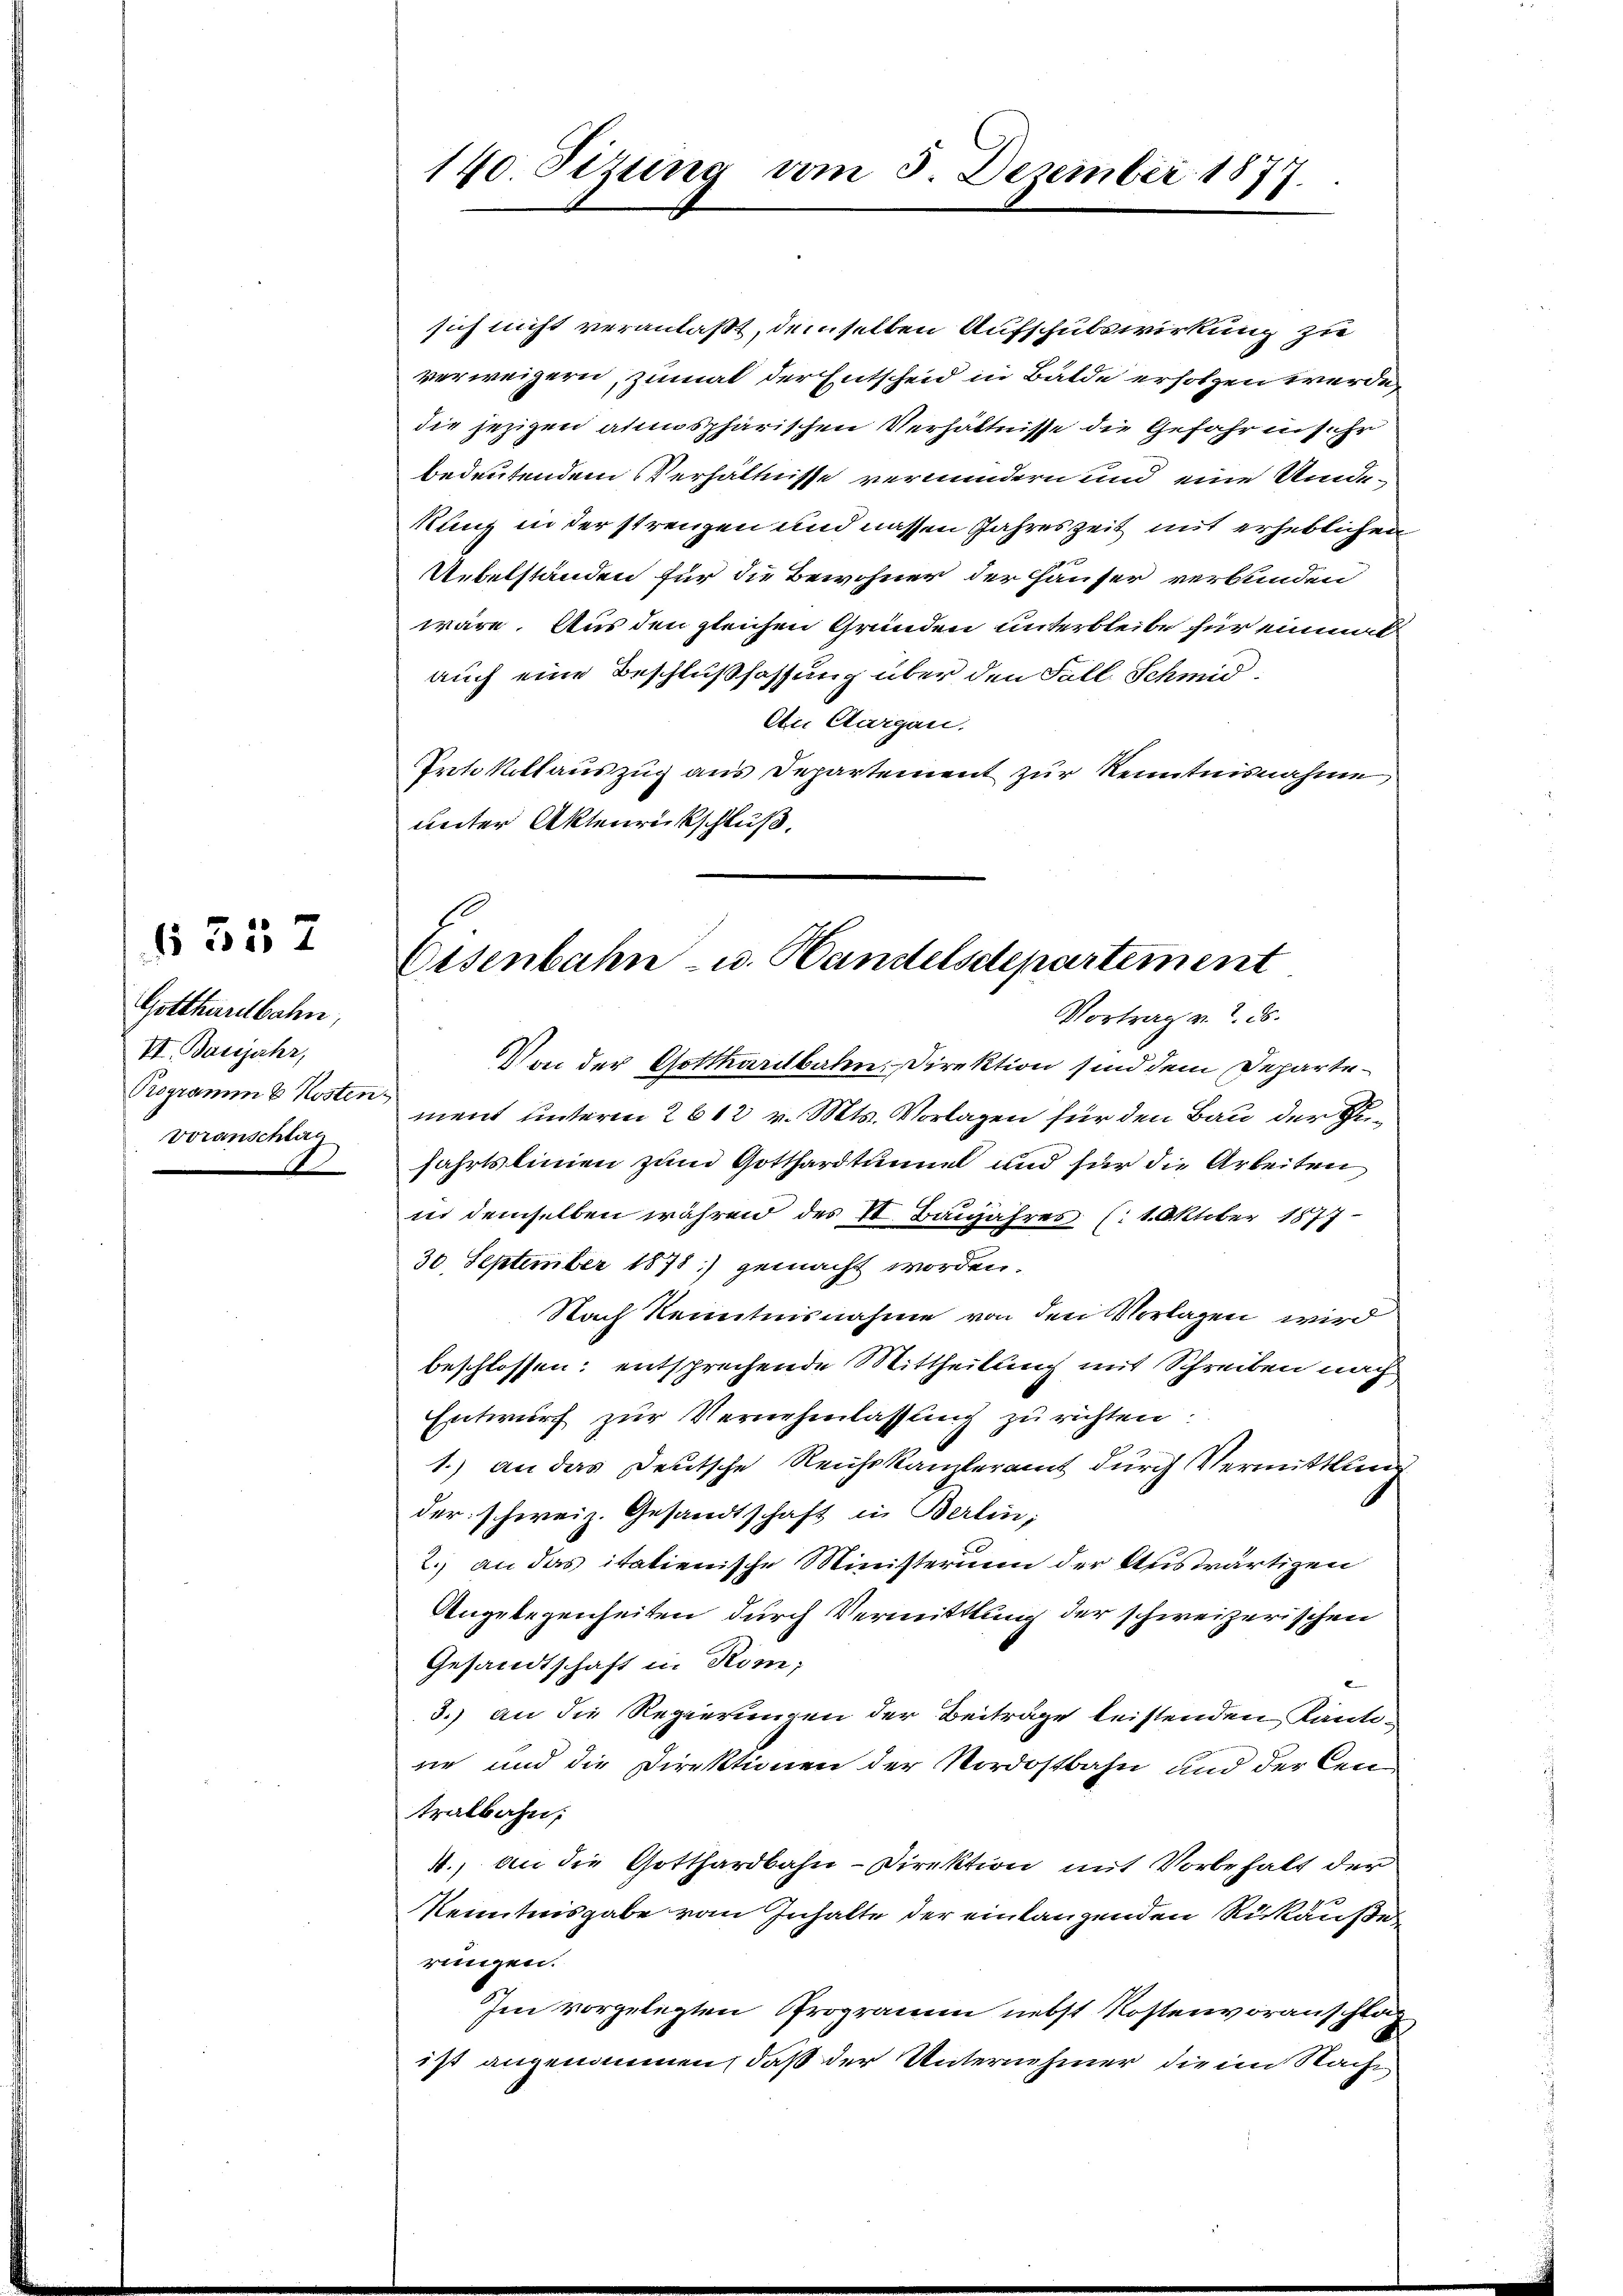
Gotthardbahn,
VI. Barsjahr,
Programm & Kosten,
Voranschlag

§ 557

sich nicht veranlaßt, demselben Aufschulswirkung zu
verweigern, zumal der Entscheid in Bälde erholzen werde,
die jezigen atmosphärischen Verhältnisse die Gefahr in sehr
bedeutendem Verhältnisse vermindern und eine Umde¬
Kunz in der strenzen und nassen Jahreszeit mit erheblichen
Uebelständen für die Bewohner der Häuser verbunden
wäre. Aus den gleichen Gründen unterbleibe für einmal
auch eine Beschlußfassung über den Fall Schmid
An Aargau.
Protokollauszug aus Departement zur Kenntnisnahme,
unter Aktenrückschluß.
Von der Gotthardbahndirektion sind dem Departement unterm 2612 v. Mts. Vorlagen für den Bau der Sifahrtslinien zum Gotthardtunnel und für die Arbeiten
in demselben währen des II. Banjahres (1. Oktober 1877
30 September 1878) gemacht worden.
Nach Kenntnisnahme von den Vorlagen wird
beschlossen: entsprechende Mittheilung mit Schreiben nach
Entwurf zur Vernehmlassung zu richten:
1.) an das Deutsche Reichskameramt durch Vermittlun
der schweiz. Gesandtschaft in Berlin,
2.) an das italienische Ministerium der Auswärtigen
Angelegenheiten durch Vermittlung der schweizerischen
Gesandtschaft in Kom;
3.) an die Regierungen der Beiträge leistenden Kanti-
ne und die Direktionen der Nordostbahn und der Cen-
tralbahn;
4., an die Gotthardbahn-Direktion mit Vorbehalt der
Kenntnisgabe vom Inhalte der einlangenden Rückäuße
rungen.
Im vorgelegten Programm nebst Kostenvoranschlag
ist angenommen, daß der Unternehmer die im Nach¬

140. Stzung vom 5. Dezember 1877.

Eisenbahn u. Handelsdepartement
Vortrag v. 2. 26.